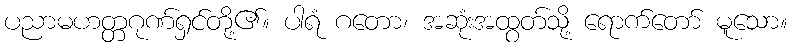
ပညာမဟတ္တဂုဏ်ရှင်တို့၏။ ပါရံ ဂတော၊ အဆုံးအထွတ်သို့ ရောက်တော် မူသော။